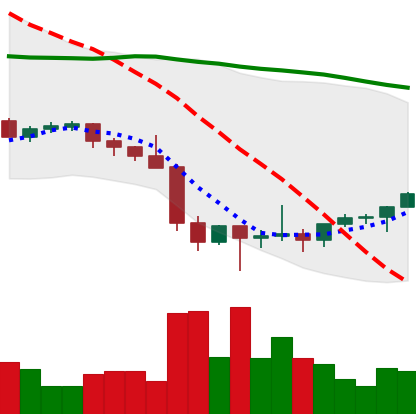
Ticker: ETH-USD
Chart end date: 2022-02-01
Forward return: 9.504%
Label: up_7plus